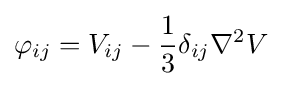
\varphi _{ij}=V_{ij}-{\frac {1}{3}}\delta _{ij}\nabla ^{2}V